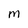
Character: M